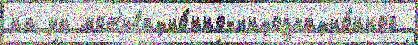
на за мот'ивацио́нно-информацио́нной